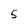
Character: S